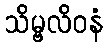
သိမ္ဗလိဝနံ